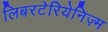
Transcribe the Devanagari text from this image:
लिबरटेरियेनिज़्म